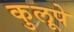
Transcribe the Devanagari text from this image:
कुलूपे